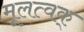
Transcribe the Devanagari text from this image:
मूलत्वक्